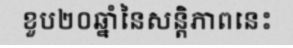
ខួប២០ឆ្នាំនៃសន្តិភាពនេះ